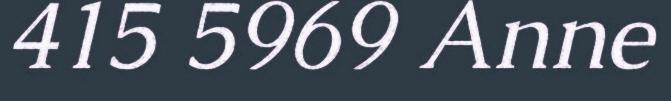
415 5969 Anne